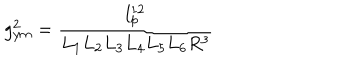
g _ { y m } ^ { 2 } = \frac { l _ { p } ^ { 1 2 } } { L _ { 1 } L _ { 2 } L _ { 3 } L _ { 4 } L _ { 5 } L _ { 6 } R ^ { 3 } }